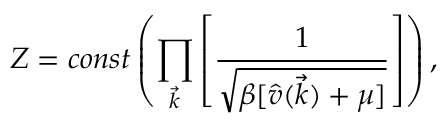
Z = c o n s t \left( \prod _ { \vec { k } } \left[ \frac { 1 } { \sqrt { \beta [ \hat { v } ( \vec { k } ) + \mu ] } } \right] \right) ,